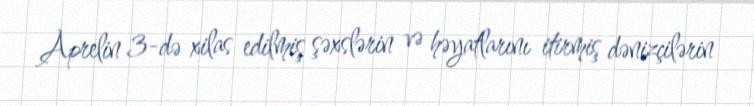
Aprelin 3-də xilas edilmiş şəxslərin və həyatlarını itirmiş dənizçilərin